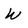
Character: w